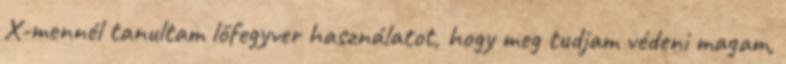
X-mennél tanultam lőfegyver használatot, hogy meg tudjam védeni magam,